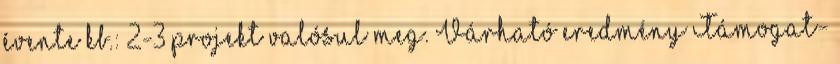
évente kb.: 2-3 projekt valósul meg. Várható eredmény Támogat-